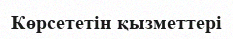
Көрсететін қызметтері